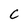
Character: c